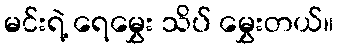
မင်းရဲ့ ရေမွှေး သိပ် မွှေးတယ်။